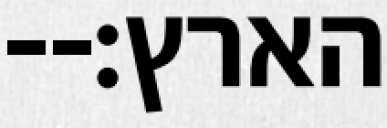
הארץ׃--